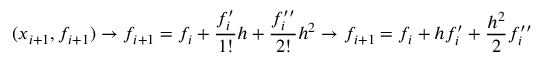
( x _ { i + 1 } , f _ { i + 1 } ) \rightarrow f _ { i + 1 } = f _ { i } + \frac { f _ { i } ^ { \prime } } { 1 ! } h + \frac { f _ { i } ^ { \prime \prime } } { 2 ! } h ^ { 2 } \rightarrow f _ { i + 1 } = f _ { i } + h f _ { i } ^ { \prime } + \frac { h ^ { 2 } } { 2 } f _ { i } ^ { \prime \prime }